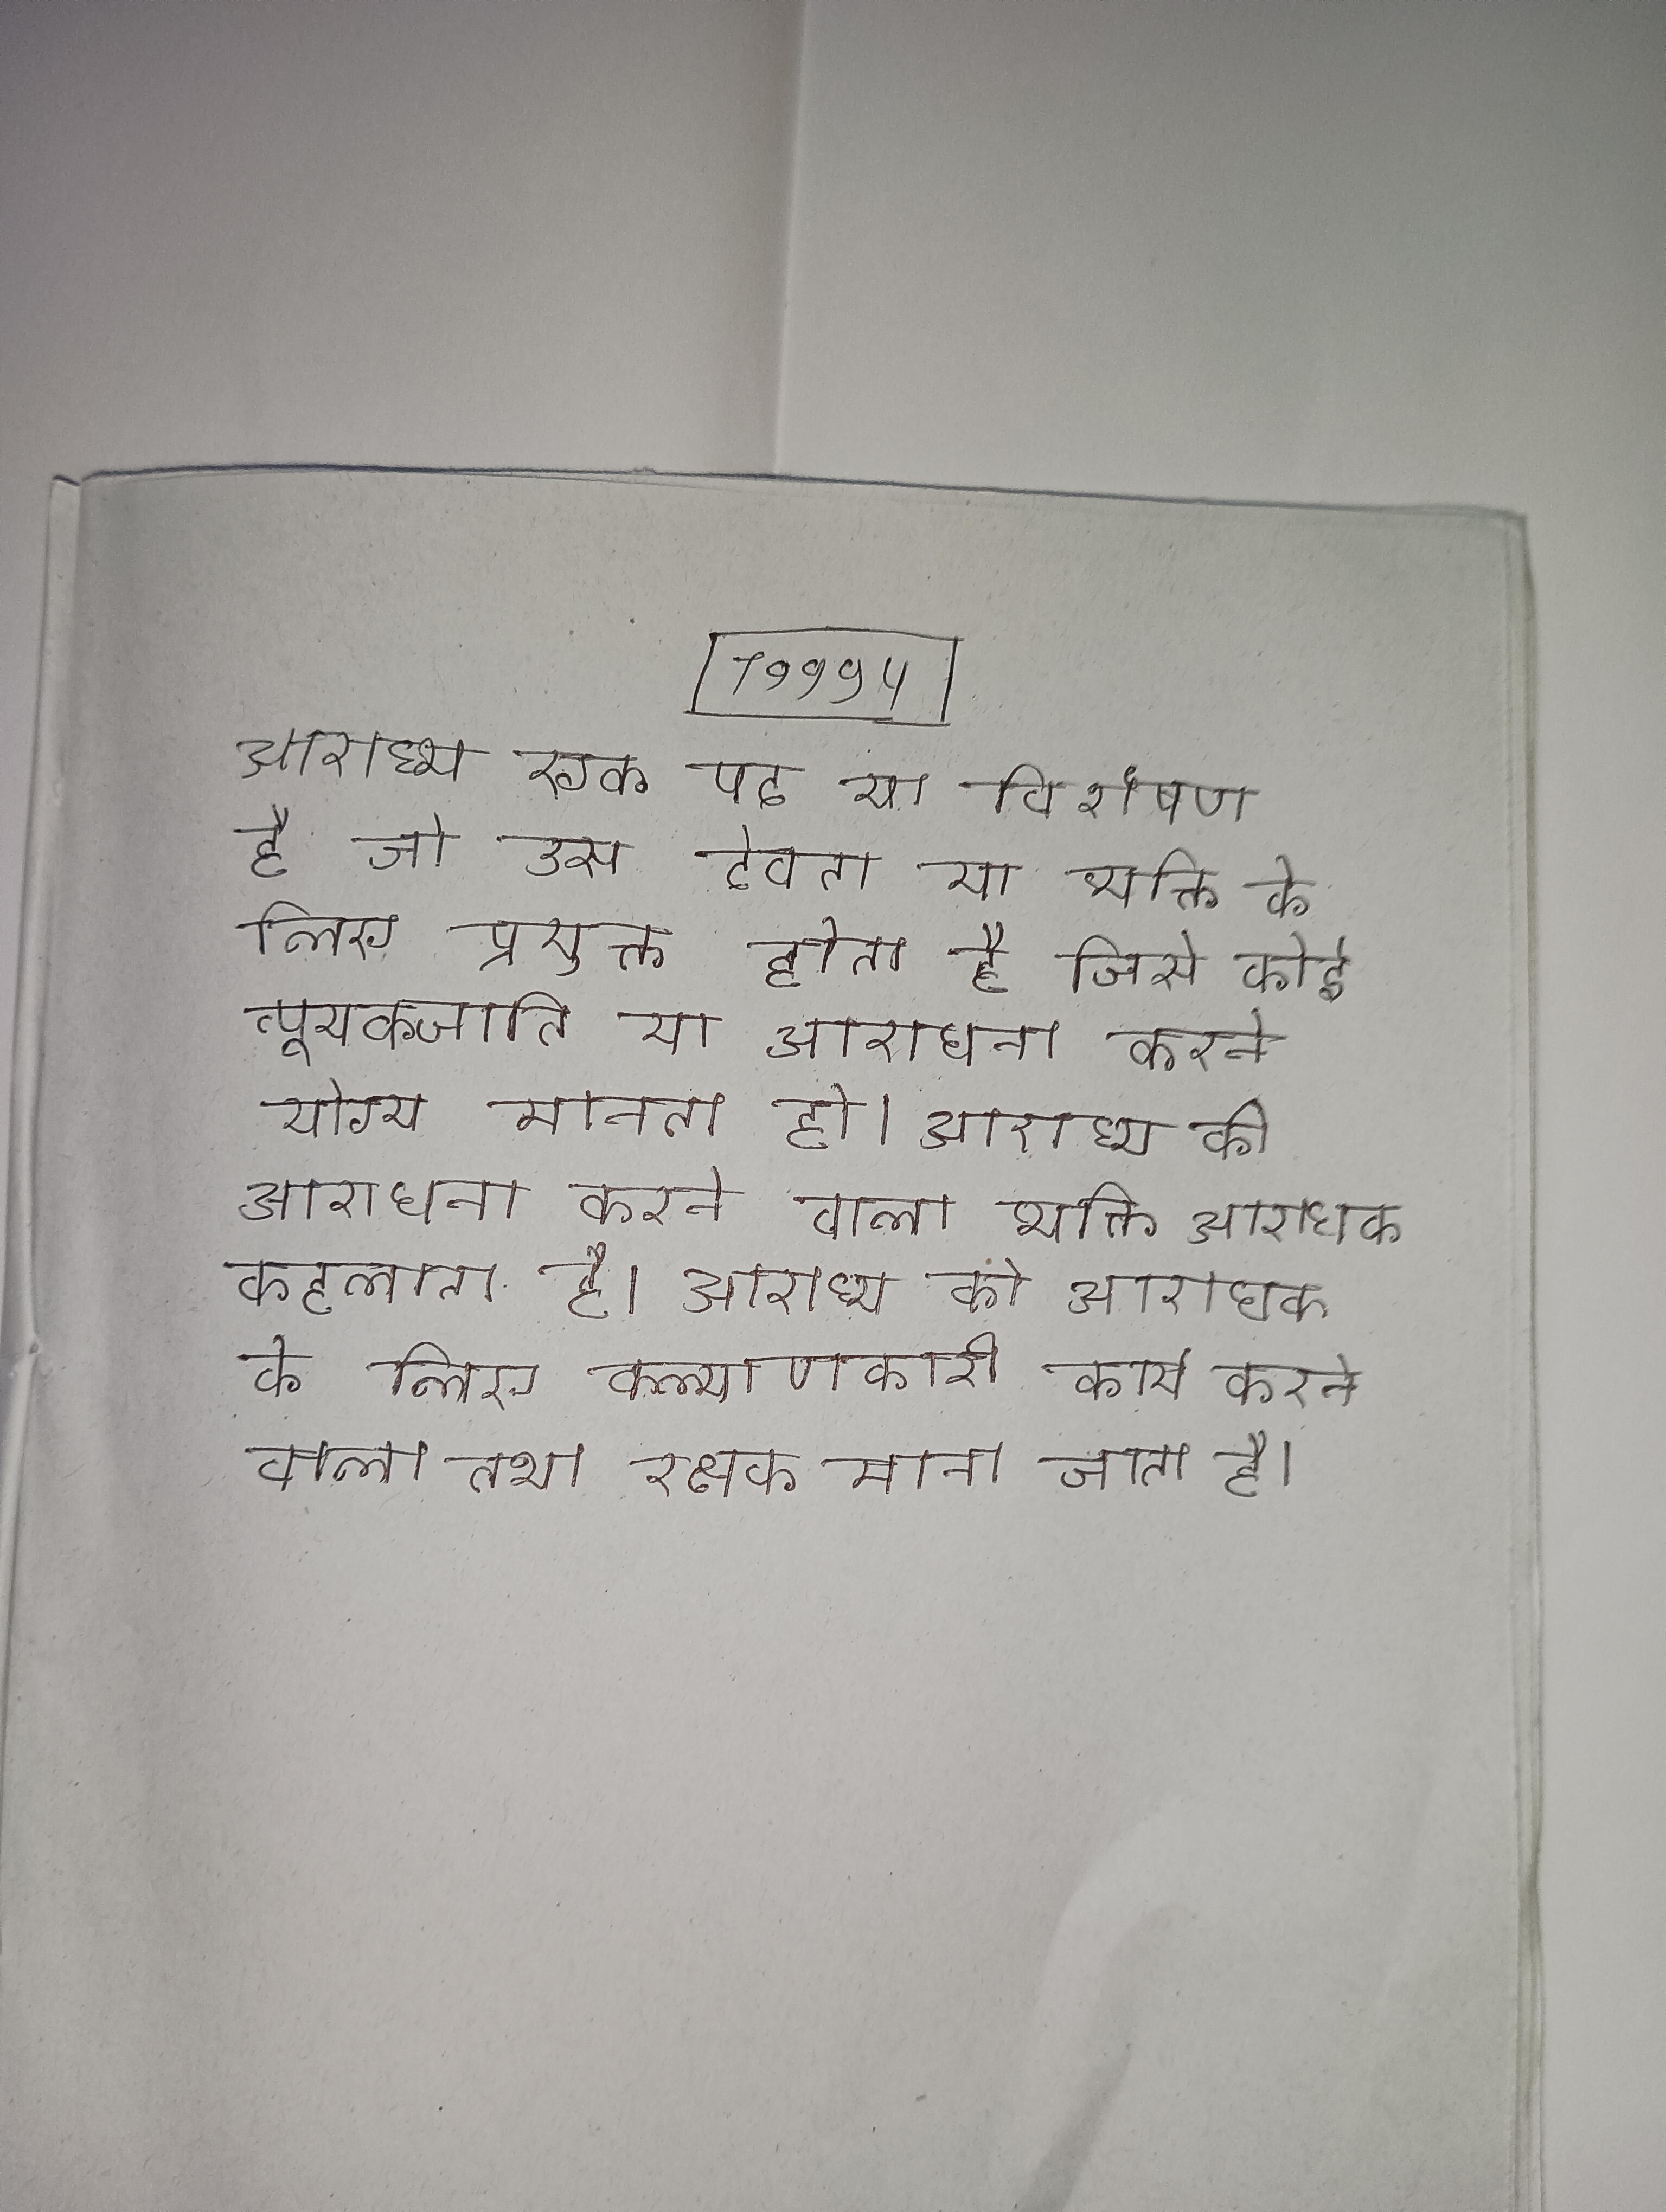
आराध्य एक पद या विशेषण है जो उस देवता या व्यक्ति के लिए प्रयुक्त होता है जिसे कोई व्पूयक्जाति या आराधना करने योग्य मानता हो । आराध्य की आराधना करने वाला व्यक्ति आराधक कहलाता है । आराध्य को आराधक के लिए कल्याणकारी कार्य करने वाला तथा रक्षक माना जाता है ।